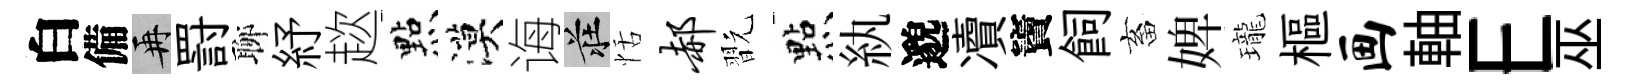
白備再罸聊紓趑㸃漠诲莊恬郝翫㸃紈邈凟竇飼畜婢瓏樞画軸E巫